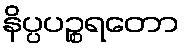
နိပ္ပပဉ္စရတော